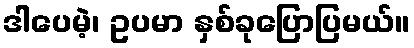
ဒါပေမဲ့၊ ဥပမာ နှစ်ခုပြောပြမယ်။